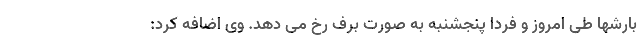
بارشها طی امروز و فردا پنجشنبه به صورت برف رخ می دهد. وی اضافه کرد: